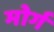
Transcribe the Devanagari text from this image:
मोर्ग